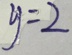
y = 2